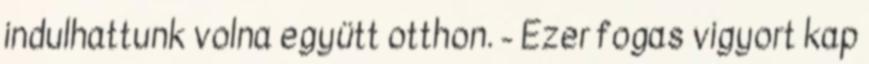
indulhattunk volna együtt otthon. - Ezer fogas vigyort kap